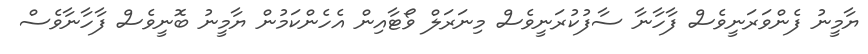
ޔާމީނު ފެންވަރަނީވެސް ފާހާނާ ސާފުކުރަނީވެސް މިނަރަލް ވޯޓާއިން އެހެންކަމުން ޔާމީނު ބޮނީވެސް ފާހާނާވެސް